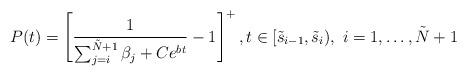
LaTeX: \begin{align*}P(t)=\left[ \frac{1}{\sum_{j=i}^{\tilde{N}+1}\beta_j + Ce^{bt}} - 1\right]^+, t \in [\tilde{s}_{i-1},\tilde{s}_{i}), \ i=1,\ldots, \tilde{N}+1\end{align*}